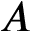
A